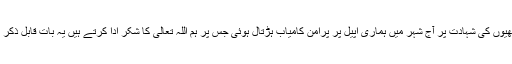
کراچی میںٹارگٹ کلنگ ،بھتہ خوری اور غنڈہ گردی کے تسلسل میں ہمارے دوساتھیوں کی شہادت پر آج شہر میں ہماری اپیل پر پُرامن کامیاب ہڑتال ہوئی جس پر ہم اللہ تعالیٰ کا شکر ادا کرتے ہیں یہ بات قابلِ ذکر ہے کہ کراچی میں دیگر جماعتوں کی جانب سے بھی ہڑتال کی تائید کی گئی تھی ۔